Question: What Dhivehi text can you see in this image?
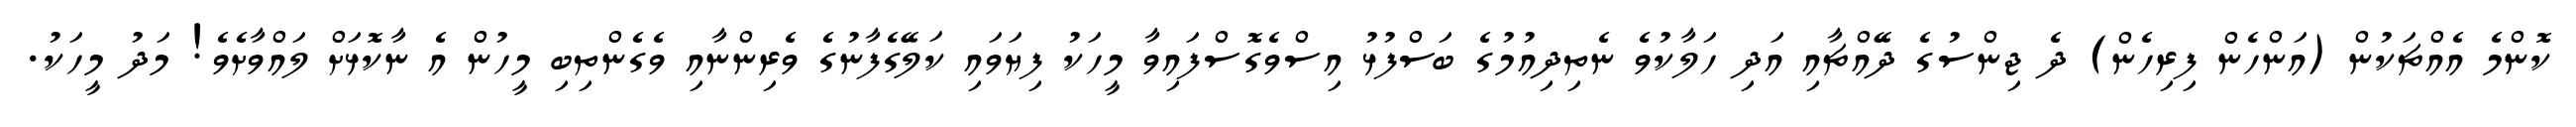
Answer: ކޮންމެ އެއްޗަކުން (އަންހެން ފިރިހެން) ދެ ޖިންސުގެ ދޭއްޗާއި އަދި ހަލާކުވެ ނެތިދިއުމުގެ ބަސްފުޅު އިސްވެގޮސްފައިވާ މީހަކު ފިޔަވައި ކަލޭގެފާނުގެ ވެރިންނާއި ވެގެންތިބި މީހުން އެ ނާކޮޅަށް ލައްވާށެވެ! މަދު މީހަކު.